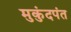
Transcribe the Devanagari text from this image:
मुकुंदपंत